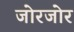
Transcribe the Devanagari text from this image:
जोरजोर